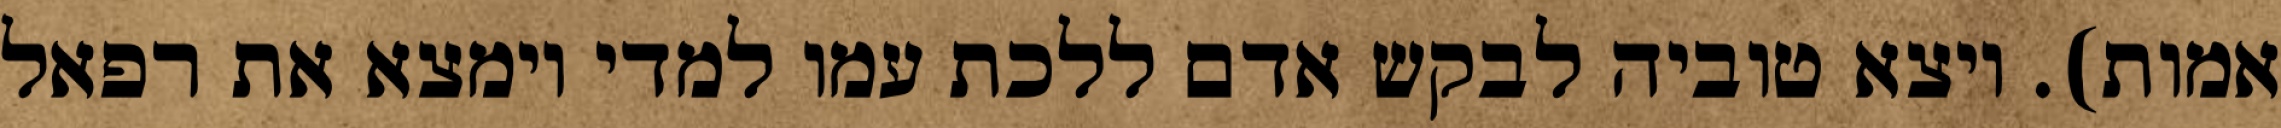
אמות). ויצא טוביה לבקש אדם ללכת עמו למדי וימצא את רפאל